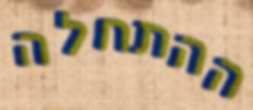
ההתחלה